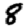
Digit: 8